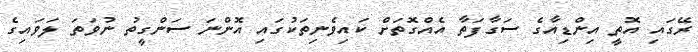
ރޭގައި އޮތީ އިންޑިއާގެ ސަގާފަތާ އެއްގޮތަށް ކައިވެނިތަކުގައި އޮންނަ ސަންގީތު ނުވަތަ ލަވައިގެ